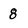
Character: 8